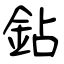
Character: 鉆